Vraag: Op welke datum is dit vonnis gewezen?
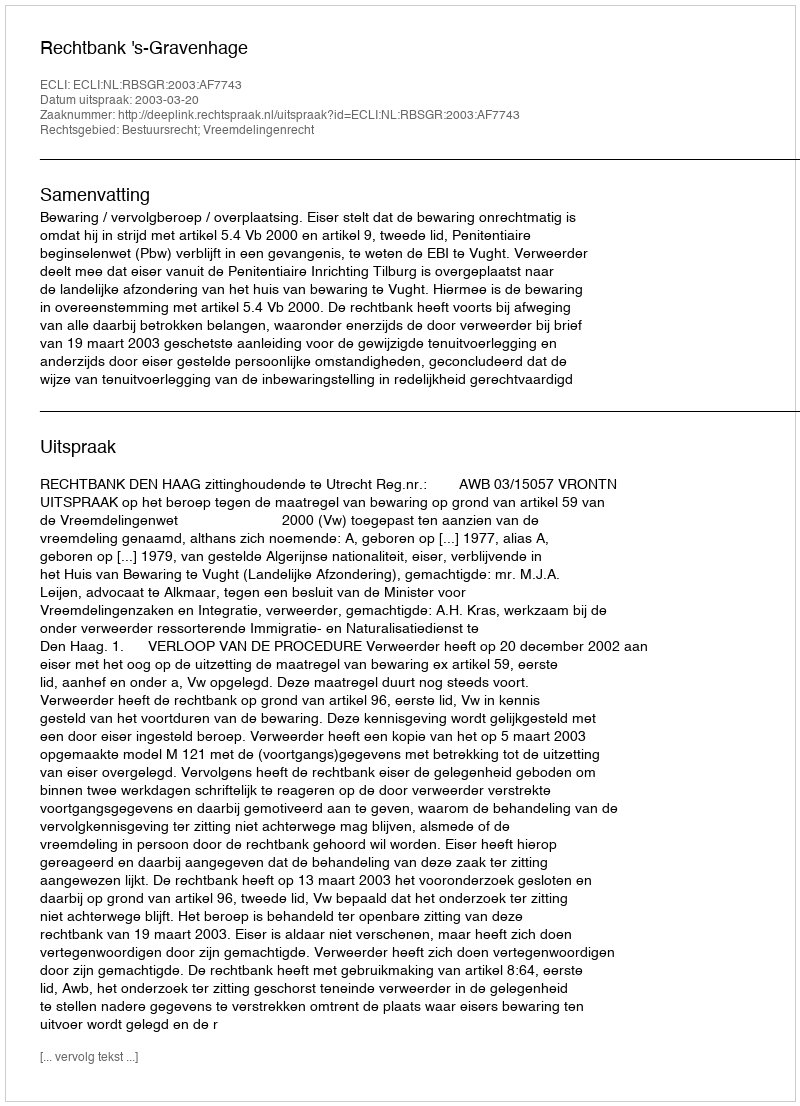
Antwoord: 2003-03-20